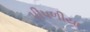
પીપળીયા